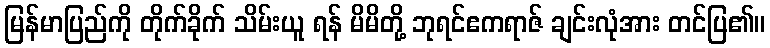
မြန်မာပြည်ကို တိုက်ခိုက် သိမ်းယူ ရန် မိမိတို့ ဘုရင်ဧကရာဇ် ချင်းလုံအား တင်ပြ၏။